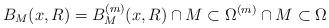
LaTeX: \begin{align*} B_M(x,R)= B_M^{(m)}(x,R)\cap M\subset\Omega^{(m)}\cap M\subset\Omega \end{align*}